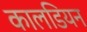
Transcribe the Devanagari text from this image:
कालडियन